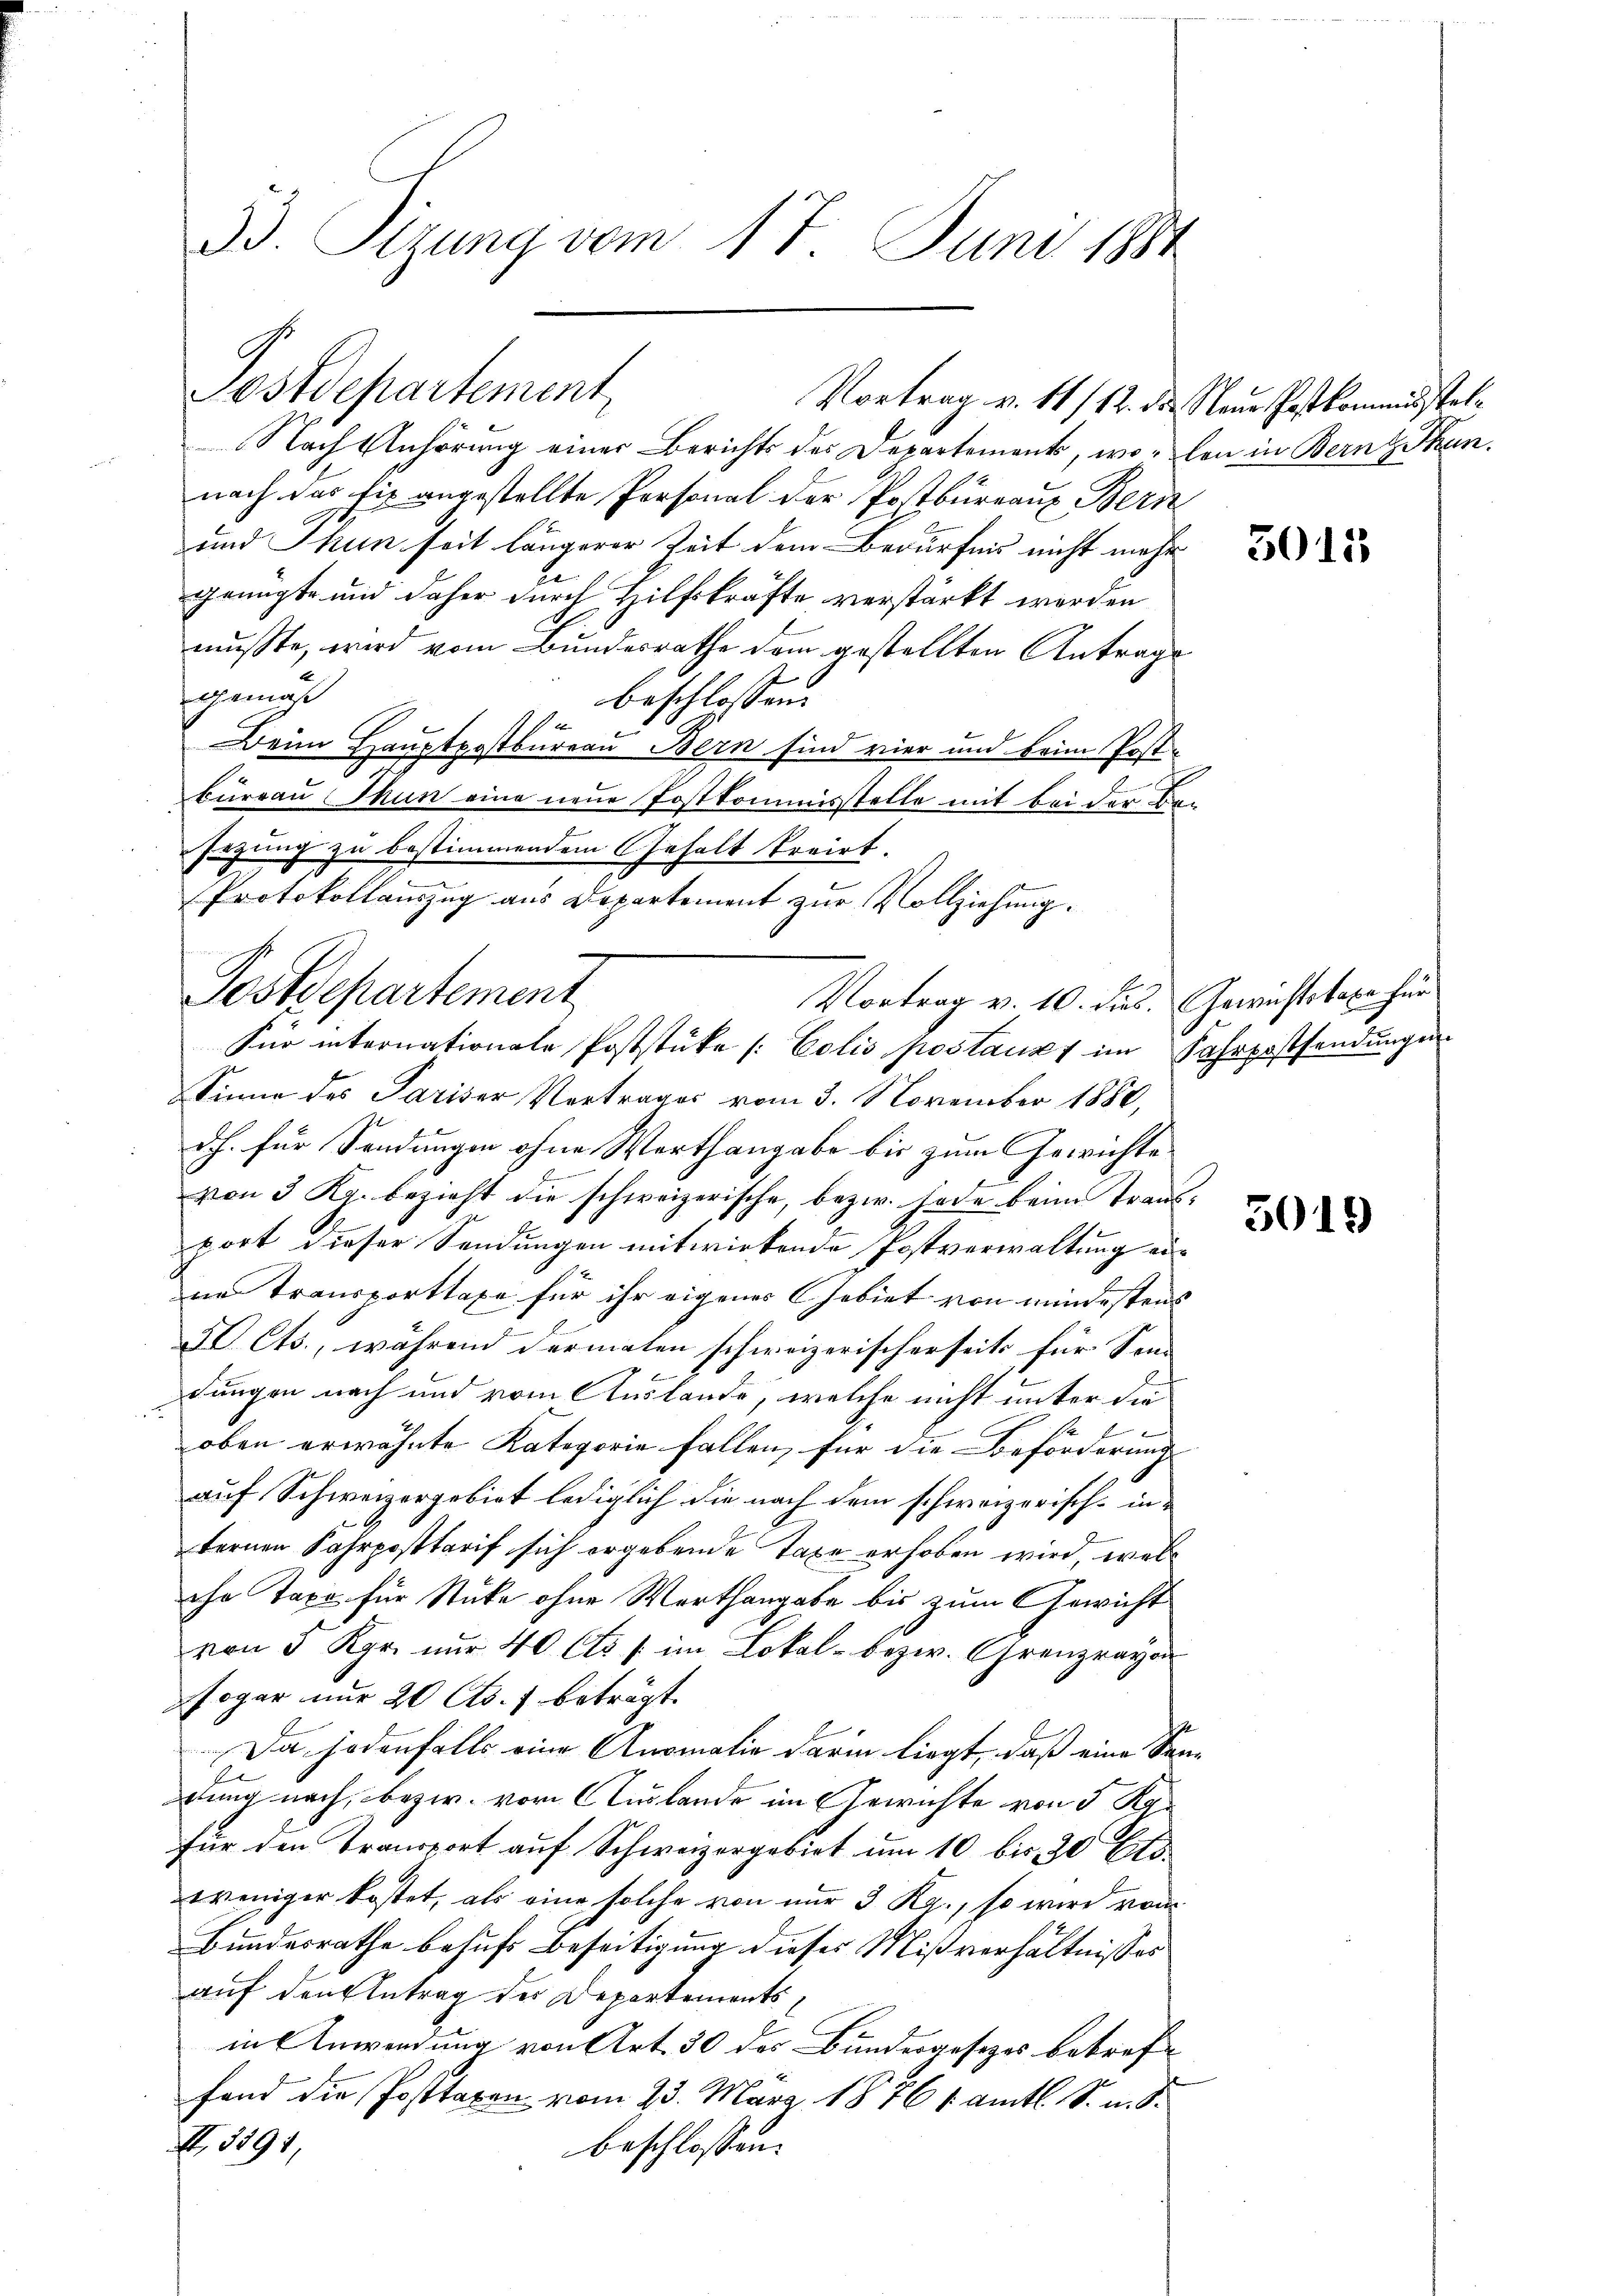
33. Sizung vom 17. Juni 1884

nach das fix angestellte Personal der Postbüreaus Bern
und Thun seit längerer Zeit dem Bedürfnis nicht mehr
2
genügte und daher durch Hilfskräfte verstärkt werden
musste, wird vom Bundesrathe dem gestellten Antrage
demäß
beschlossen:
e
Beim Hauptpostbureau Bern sind vier und beim Post-
bureau Thun eine neue Postkommisstelle mit bei der Be-
sezung zu bestimmendem Gehalt treirt.
Protokollauszug aus Departement zur Vollziehung.

Postdepartement,

Vortrag v. 11/12. die Neue Postkommisstel¬

Nach Anhörung einer Berichts des Departements, woben in Bern Skan

Sinne des Pariser Vortrages vom 3. November 1882,
dh. für Sendungen ohne Werthangabe bis zum Gewichte
f
von 3 Rp. bezieht die schweizerische, bezw. Lade beim Transwort dieser Sendungen mitwirkende Postverwaltung eine Transporttaxe für ihr eigenes Gebiet von mindestens
I Cts., während dermalen schweizerischerseits für Son-
dungen nach und vom Auslande, welche nicht unter die
P
oben erwähnte Kategorie fallen, für die Beförderung
auf Schweizergebiet lediglich die nach dem schweizerisch-internen Fahrposttarif sich ergebende Taxe erhoben wird, wels
ihr Taxe für Stücke ohne Werthangabe bis zum Gewicht
von 5 Kgr. nur 40 Cts. s. im Lokal bezw. Grenzrayon
sogar nur 20 Cts. f. beträgt.
Da jedenfalls eine Anomalia darin liegt, daß eine Sendung nach, bezw. vor Auslande im Gewichte von 5 Rp.
für den Transport auf Schweizergebiet um 10 bis 20 Cts
weniger kostet, als eine solche von nur 3 Rg., so wird vom
Bundesrathe behufs Beseitigung dieses Mißverhältnisses
auf den Antrag der Departementsin Anwendung von Art. 30 des Bundesgesezes betreffand die Posttaxen vom 23. März 1876 1 amtl. S. u. S.
III. 1891,
beschlossen:

Postdepartement
Vortrag v. 10. dus. Gewichtstaxe für
Für internationale Poststüke (Colis postanzt im Fahrpostsendungen

3015

3019